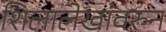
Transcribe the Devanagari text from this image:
शिलालेखांवरुन